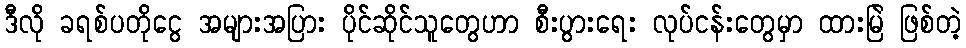
ဒီလို ခရစ်ပတိုငွေ အများအပြား ပိုင်ဆိုင်သူတွေဟာ စီးပွားရေး လုပ်ငန်းတွေမှာ ထားမြဲ ဖြစ်တဲ့